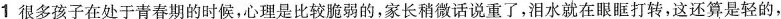
1很多孩子在处于青春期的时候，心理是比较脆弱的，家长稍微话说重了，泪水就在眼眶打转，这还算是轻的，